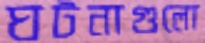
ঘটনাগুলো